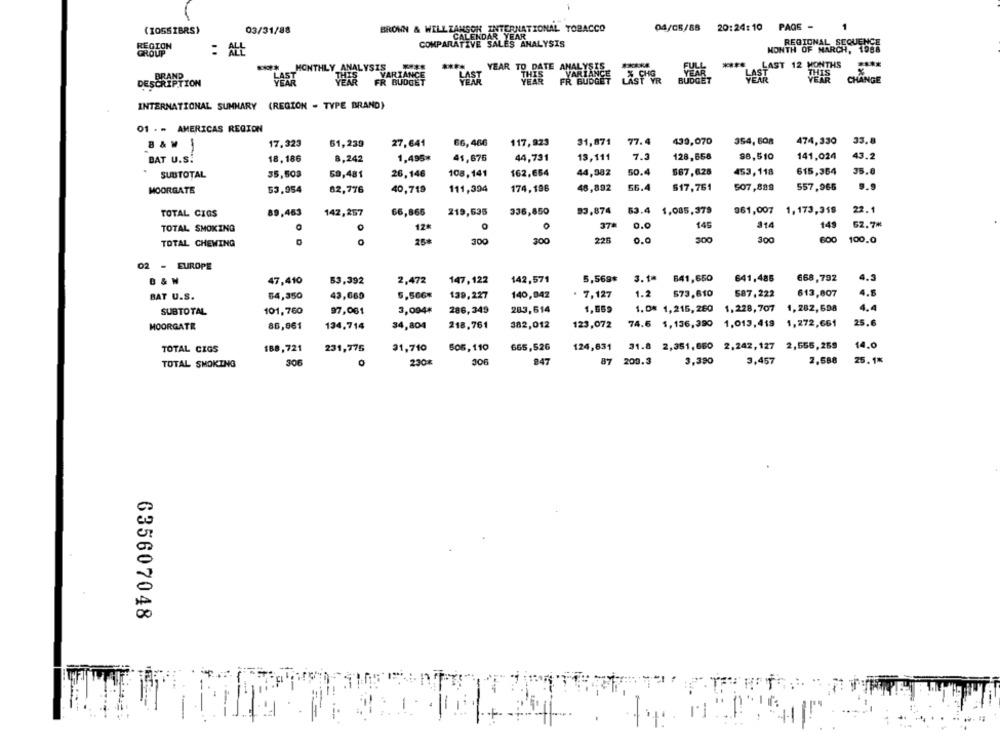
(IO55IBRS)
03/31/88
BROWN & WILLZANSOK INTERNATIONAL TOBACCO
04/05/88 20:24:10 PAGE -
CALENDAR YEAR
REGION
COMPARATIVE SALES ANALYSIS
REGIONAL SEQUENCE
GROUP
MONTH OF MARCH, 1988
MONTHLY ANALYSIS
YEAR TO DATE ANALYSIS
BRAND
LAST
VARIANCE
LAST
VARIANCE
% CHE
DESCRIPTION
YEAR
YEAR
FR BUDGET
FR BUDGET
LAST YR
INTERNATIONAL SUMMARY (REGION - TYPE BRAND)
01 .- AMERICAS REGION
17,323
27,641
66,466
117,823
31,871
77.4
439,070
354, 608
474,330
33.8
8 & M
51,239
18,186
1,495*
41,676
44,731
13,111
7.3
128,658
$8,510
141,024
43.2
BAT U.S.
-
8,242
35,503
59,481
26,146
108,141
162,654
44,082
50.4
567,628
453,118
615,364
35.8
SUBTOTAL
174,196
48,892
56.4
617,761
507,889
557,966
MOORGATE
53,954
82,776
40,719
111,394
219,635
83,874
53.4 1,085,379
361,007
1,173,319
22.1
TOTAL CIOS
89,463
142,257
66,866
336,850
O
12.
O
37*
0.0
145
114
149
62.7*
TOTAL SMOKING
25#
300
300
225
0.0
300
300
600
100.0
TOTAL CHEWING
02 - EUROPE
5,56g* 3.1= 641,650
641,485
668,792
4.3
B & W
47,410
53,392
2,472
147,122
142,571
1.2
573,610
587,222
613,807
4.5
BAT U.S.
54,350
43,660
5,566%
139,227
140,042
. 7,127
1.0* 1,215, 260 1, 228, 707 1, 282, 698
4.4
SUBTOTAL
101,750
97,061
3,094*
286,349
283,614
1,559
74.6 1,136,390 1,013,419 1,272,661
25.6
MOORGATE
86,861
134,714
34,804
218,761
382,012
123,072
31.8 2,351,650 2,242, 127 2,555,269
14.0
TOTAL CIGS
188,721
231,775
31,710
505,110
665,526
124,631
87
200.3
3,390
3,457
2,588
25.1%
TOTAL SMOKING
306
O
230%
306
847
635607048